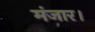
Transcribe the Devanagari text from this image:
मंजार।